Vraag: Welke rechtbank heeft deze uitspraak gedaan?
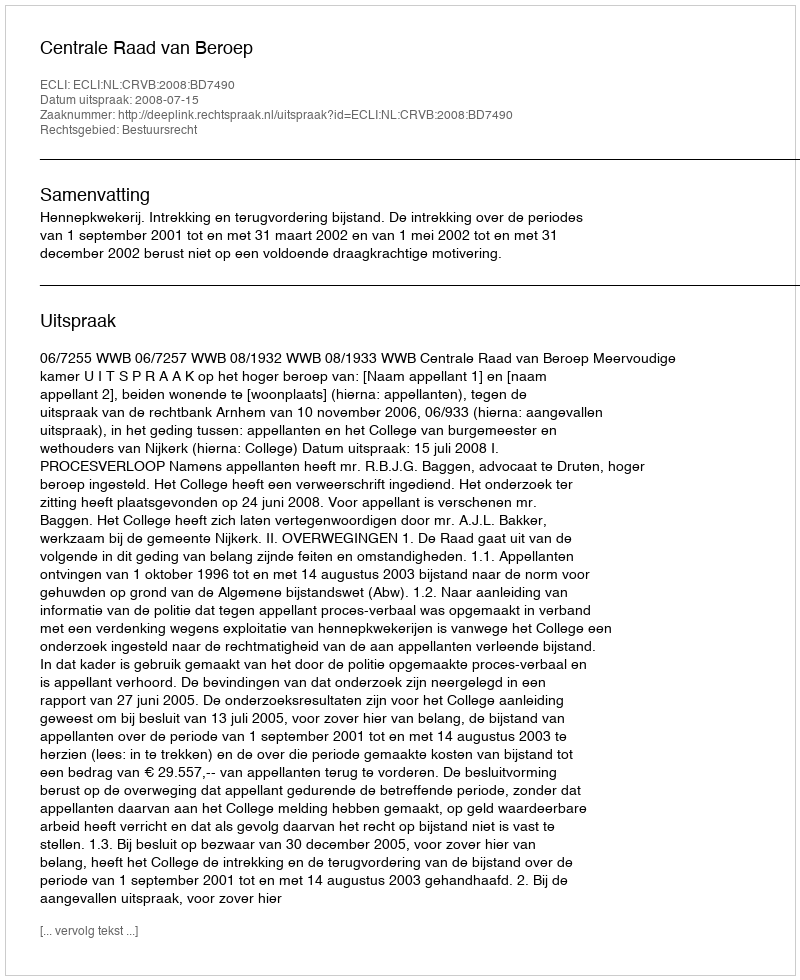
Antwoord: Centrale Raad van Beroep